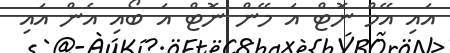
އައި އޭމް ނޮޓް އަ މޭން ނޮޓް އަ ބޯއި އެން އައި